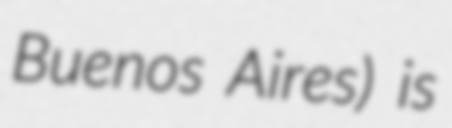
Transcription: Buenos Aires) is